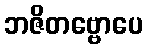
ဘဇိတဗ္ဗောပေ